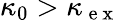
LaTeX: \kappa_{0}>\kappa_{\mathrm{~e~x~}}